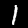
Label: 1